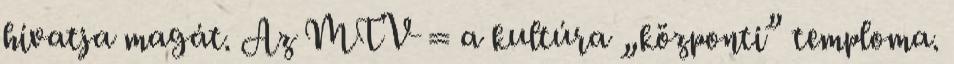
hívatja magát. Az MTV = a kultúra „központi” temploma.